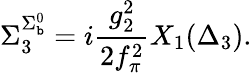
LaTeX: \Sigma_{3}^{\Sigma_{\mathtt{b}}^{0}}=i\frac{{g_{2}^{2}}}{{2f_{\pi}^{2}}}X_{1}(\Delta_{3}).